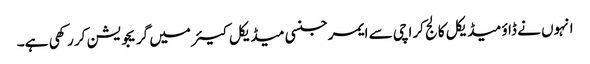
انہوں نے ڈاؤ میڈیکل کالج کراچی سے ایمرجنسی میڈیکل کیئر میں گریجویشن کر رکھی ہے۔